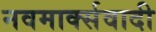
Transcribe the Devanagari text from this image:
नवमार्क्सवादी